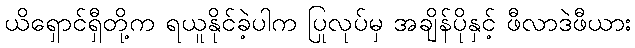
ယိရှောင်ရှီတို့က ရယူနိုင်ခဲ့ပါက ပြုလုပ်မှ အချိန်ပိုနှင့် ဖီလာဒဲဖီယား